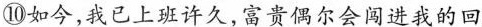
⑩如今,我已上班许久,富贵偶尔会闯进我的回